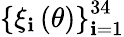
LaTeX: \left\{ \xi_{\mathbf{i}}\left(\theta\right)\right\} _{\mathbf{i}=1}^{34}